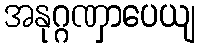
အနုဂ္ဂဏှာပေယျ